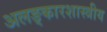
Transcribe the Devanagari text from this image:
अलङ्कारशास्त्रीय